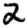
Digit: 2